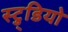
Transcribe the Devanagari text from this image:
स्टु्डियो